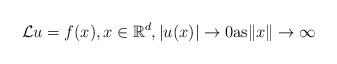
LaTeX: \begin{align*} {\cal L} u = f(x), x\in \mathbb{R}^d, |u(x)|\to 0 \mbox{as} \|x\|\to \infty\end{align*}